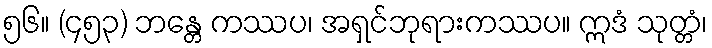
၅၆။ (၄၅၃) ဘန္တေ ကဿပ၊ အရှင်ဘုရားကဿပ။ ဣဒံ သုတ္တံ၊